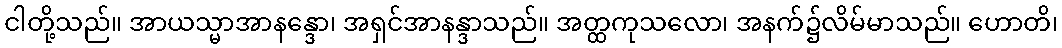
ငါတို့သည်။ အာယသ္မာအာနန္ဒော၊ အရှင်အာနန္ဒာသည်။ အတ္ထကုသလော၊ အနက်၌လိမ်မာသည်။ ဟောတိ၊